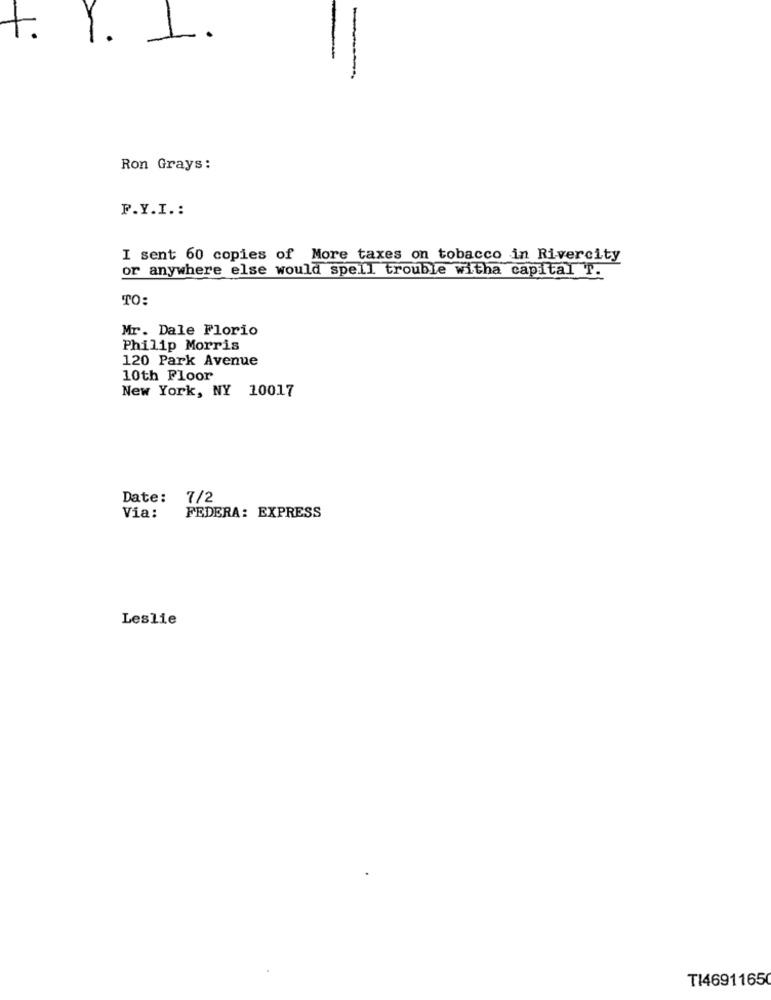
t.
Ron Grays:
F.Y.I. :
I sent 60 copies of More taxes on tobacco in Rivercity
or anywhere else would spell trouble witha capital T.
TO:
Mr. Dale Florio
Philip Morris
120 Park Avenue
10th Floor
New York, NY 10017
Date:
7/2
Via:
FEDERA: EXPRESS
Leslie
TI46911650